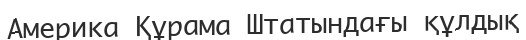
Америка Құрама Штатындағы құлдық